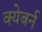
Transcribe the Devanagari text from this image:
क्येबर्न